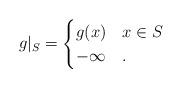
LaTeX: \begin{align*}g|_S = \begin{cases}g(x) & x \in S \\-\infty & .\end{cases}\end{align*}